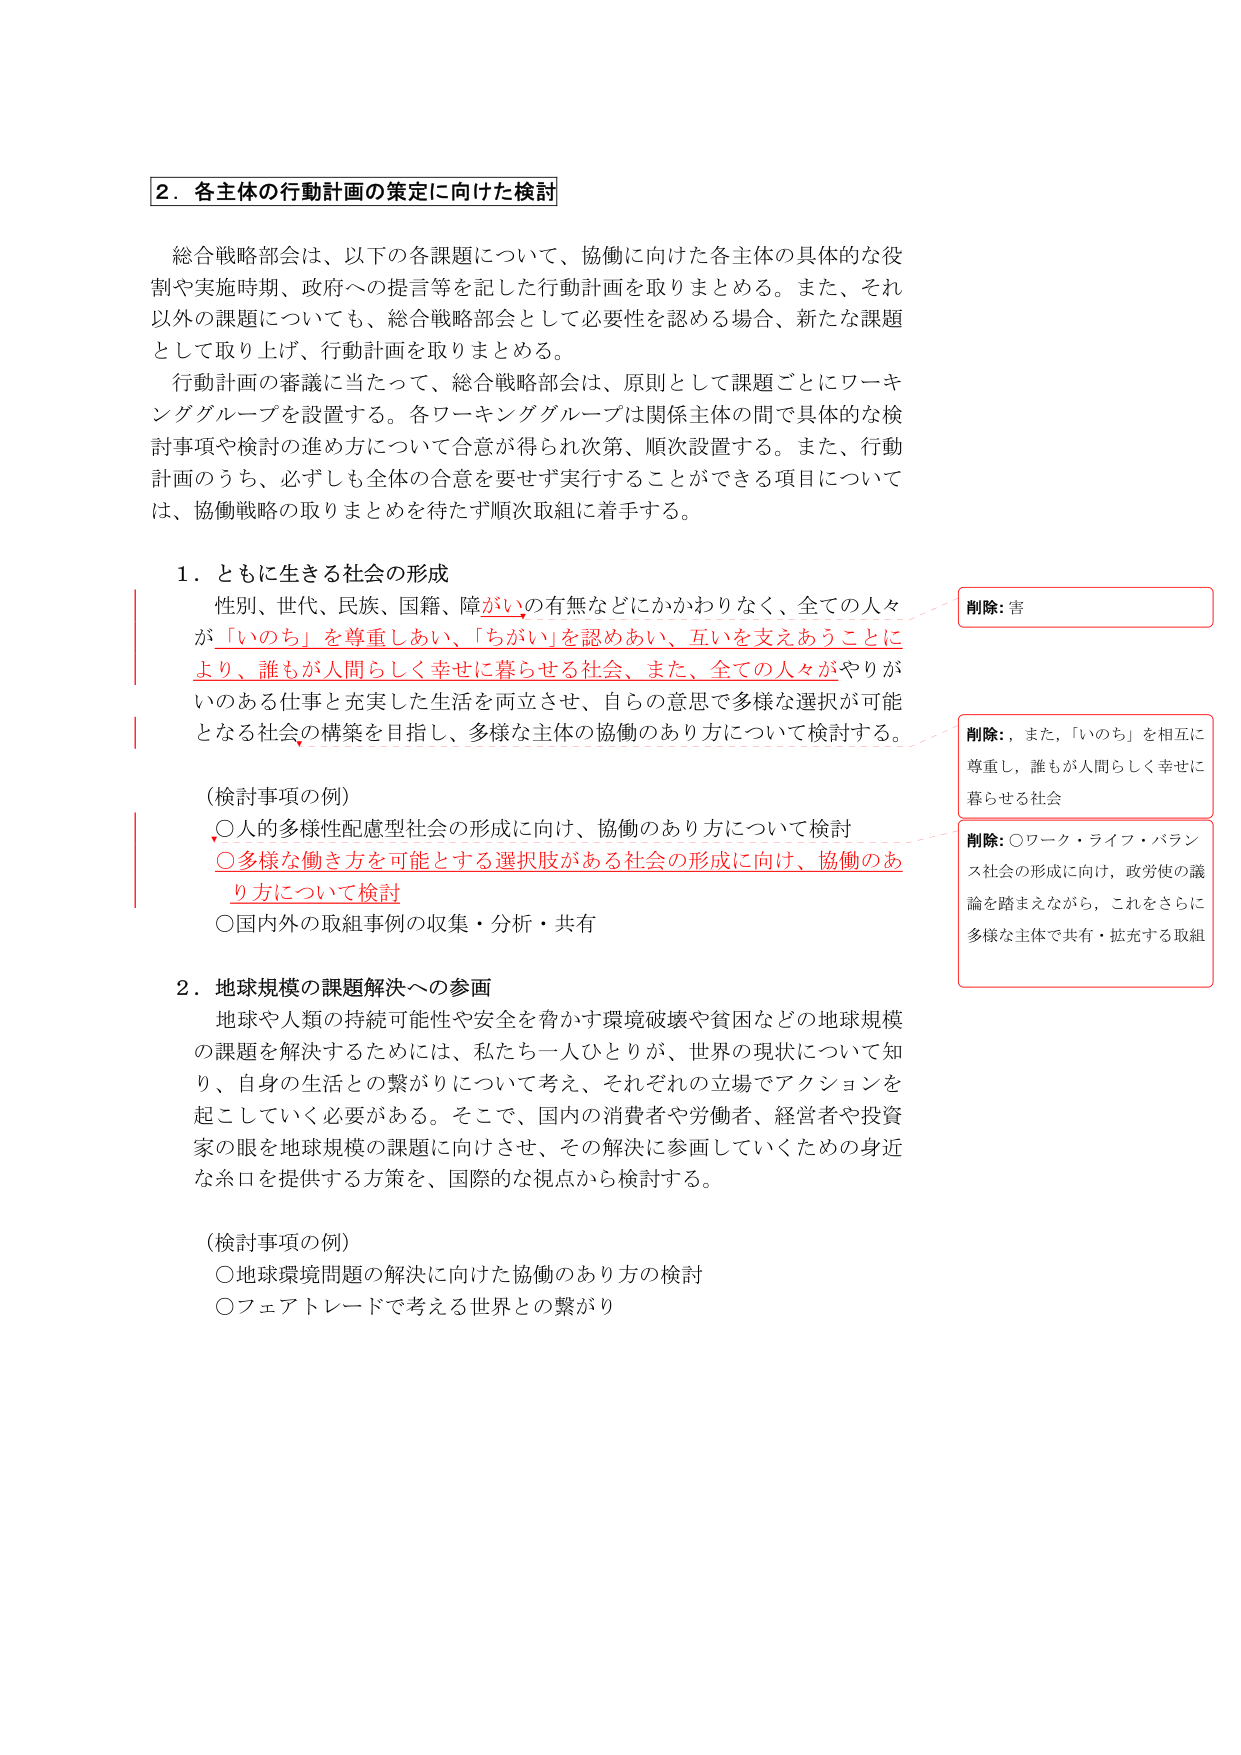
2．各主体の行動計画の策定に向けた検討

総合戦略部会は、以下の各課題について、協働に向けた各主体の具体的な役割や実施時期、政府への提言等を記した行動計画を取りまとめる。また、それ以外の課題についても、総合戦略部会として必要性を認める場合、新たな課題として取り上げ、行動計画を取りまとめる。

行動計画の審議に当たって、総合戦略部会は、原則として課題ごとにワーキンググループを設置する。各ワーキンググループは関係主体の間で具体的な検討事項や検討の進め方について合意が得られ次第、順次設置する。また、行動計画のうち、必ずしも全体の合意を要せず実行することができる項目については、協働戦略の取りまとめを待たず順次取組に着手する。

1．ともに生きる社会の形成

性別、世代、民族、国籍、障がいの有無などにかかわりなく、全ての人々が「いのち」を尊重しあい、「ちがい」を認めあい、互いを支えあうことにより、誰もが人間らしく幸せに暮らせる社会、また、全ての人々がやりがいのある仕事と充実した生活を両立させ、自らの意思で多様な選択が可能となる社会の構築を目指し、多様な主体の協働のあり方について検討する。

（検討事項の例）
○人的多様性配慮型社会の形成に向け、協働のあり方について検討
○多様な働き方を可能とする選択肢がある社会の形成に向け、協働のあり方について検討
○国内外の取組事例の収集・分析・共有

2．地球規模の課題解決への参画

地球や人類の持続可能性や安全を脅かす環境破壊や貧困などの地球規模の課題を解決するためには、私たち一人ひとりが、世界の現状について知り、自身の生活との繋がりについて考え、それぞれの立場でアクションを起こしていく必要がある。そこで、国内の消費者や労働者、経営者や投資家の眼を地球規模の課題に向けさせ、その解決に参画していくための身近な糸口を提供する方策を、国際的な視点から検討する。

（検討事項の例）
○地球環境問題の解決に向けた協働のあり方の検討
○フェアトレードで考える世界との繋がり

削除: 害

削除: ，また，「いのち」を相互に尊重し，誰もが人間らしく幸せに暮らせる社会

削除: ○ワーク・ライフ・バランス社会の形成に向け，政労使の議論を踏まえながら，これをさらに多様な主体で共有・拡充する取組